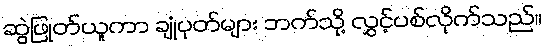
ဆွဲဖြုတ်ယူကာ ချုံပုတ်များ ဘက်သို့ လွှင့်ပစ်လိုက်သည်။